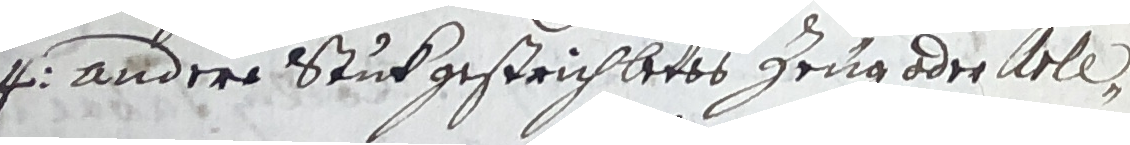
4 andere stuk gestrichbetts zeug oder krlen